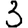
Digit: 3